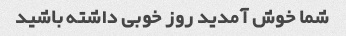
شما خوش آمدید روز خوبی داشته باشید